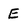
Character: E